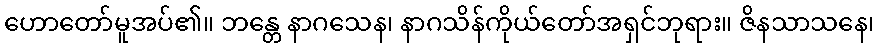
ဟောတော်မူအပ်၏။ ဘန္တေ နာဂသေန၊ နာဂသိန်ကိုယ်တော်အရှင်ဘုရား။ ဇိနသာသနေ၊